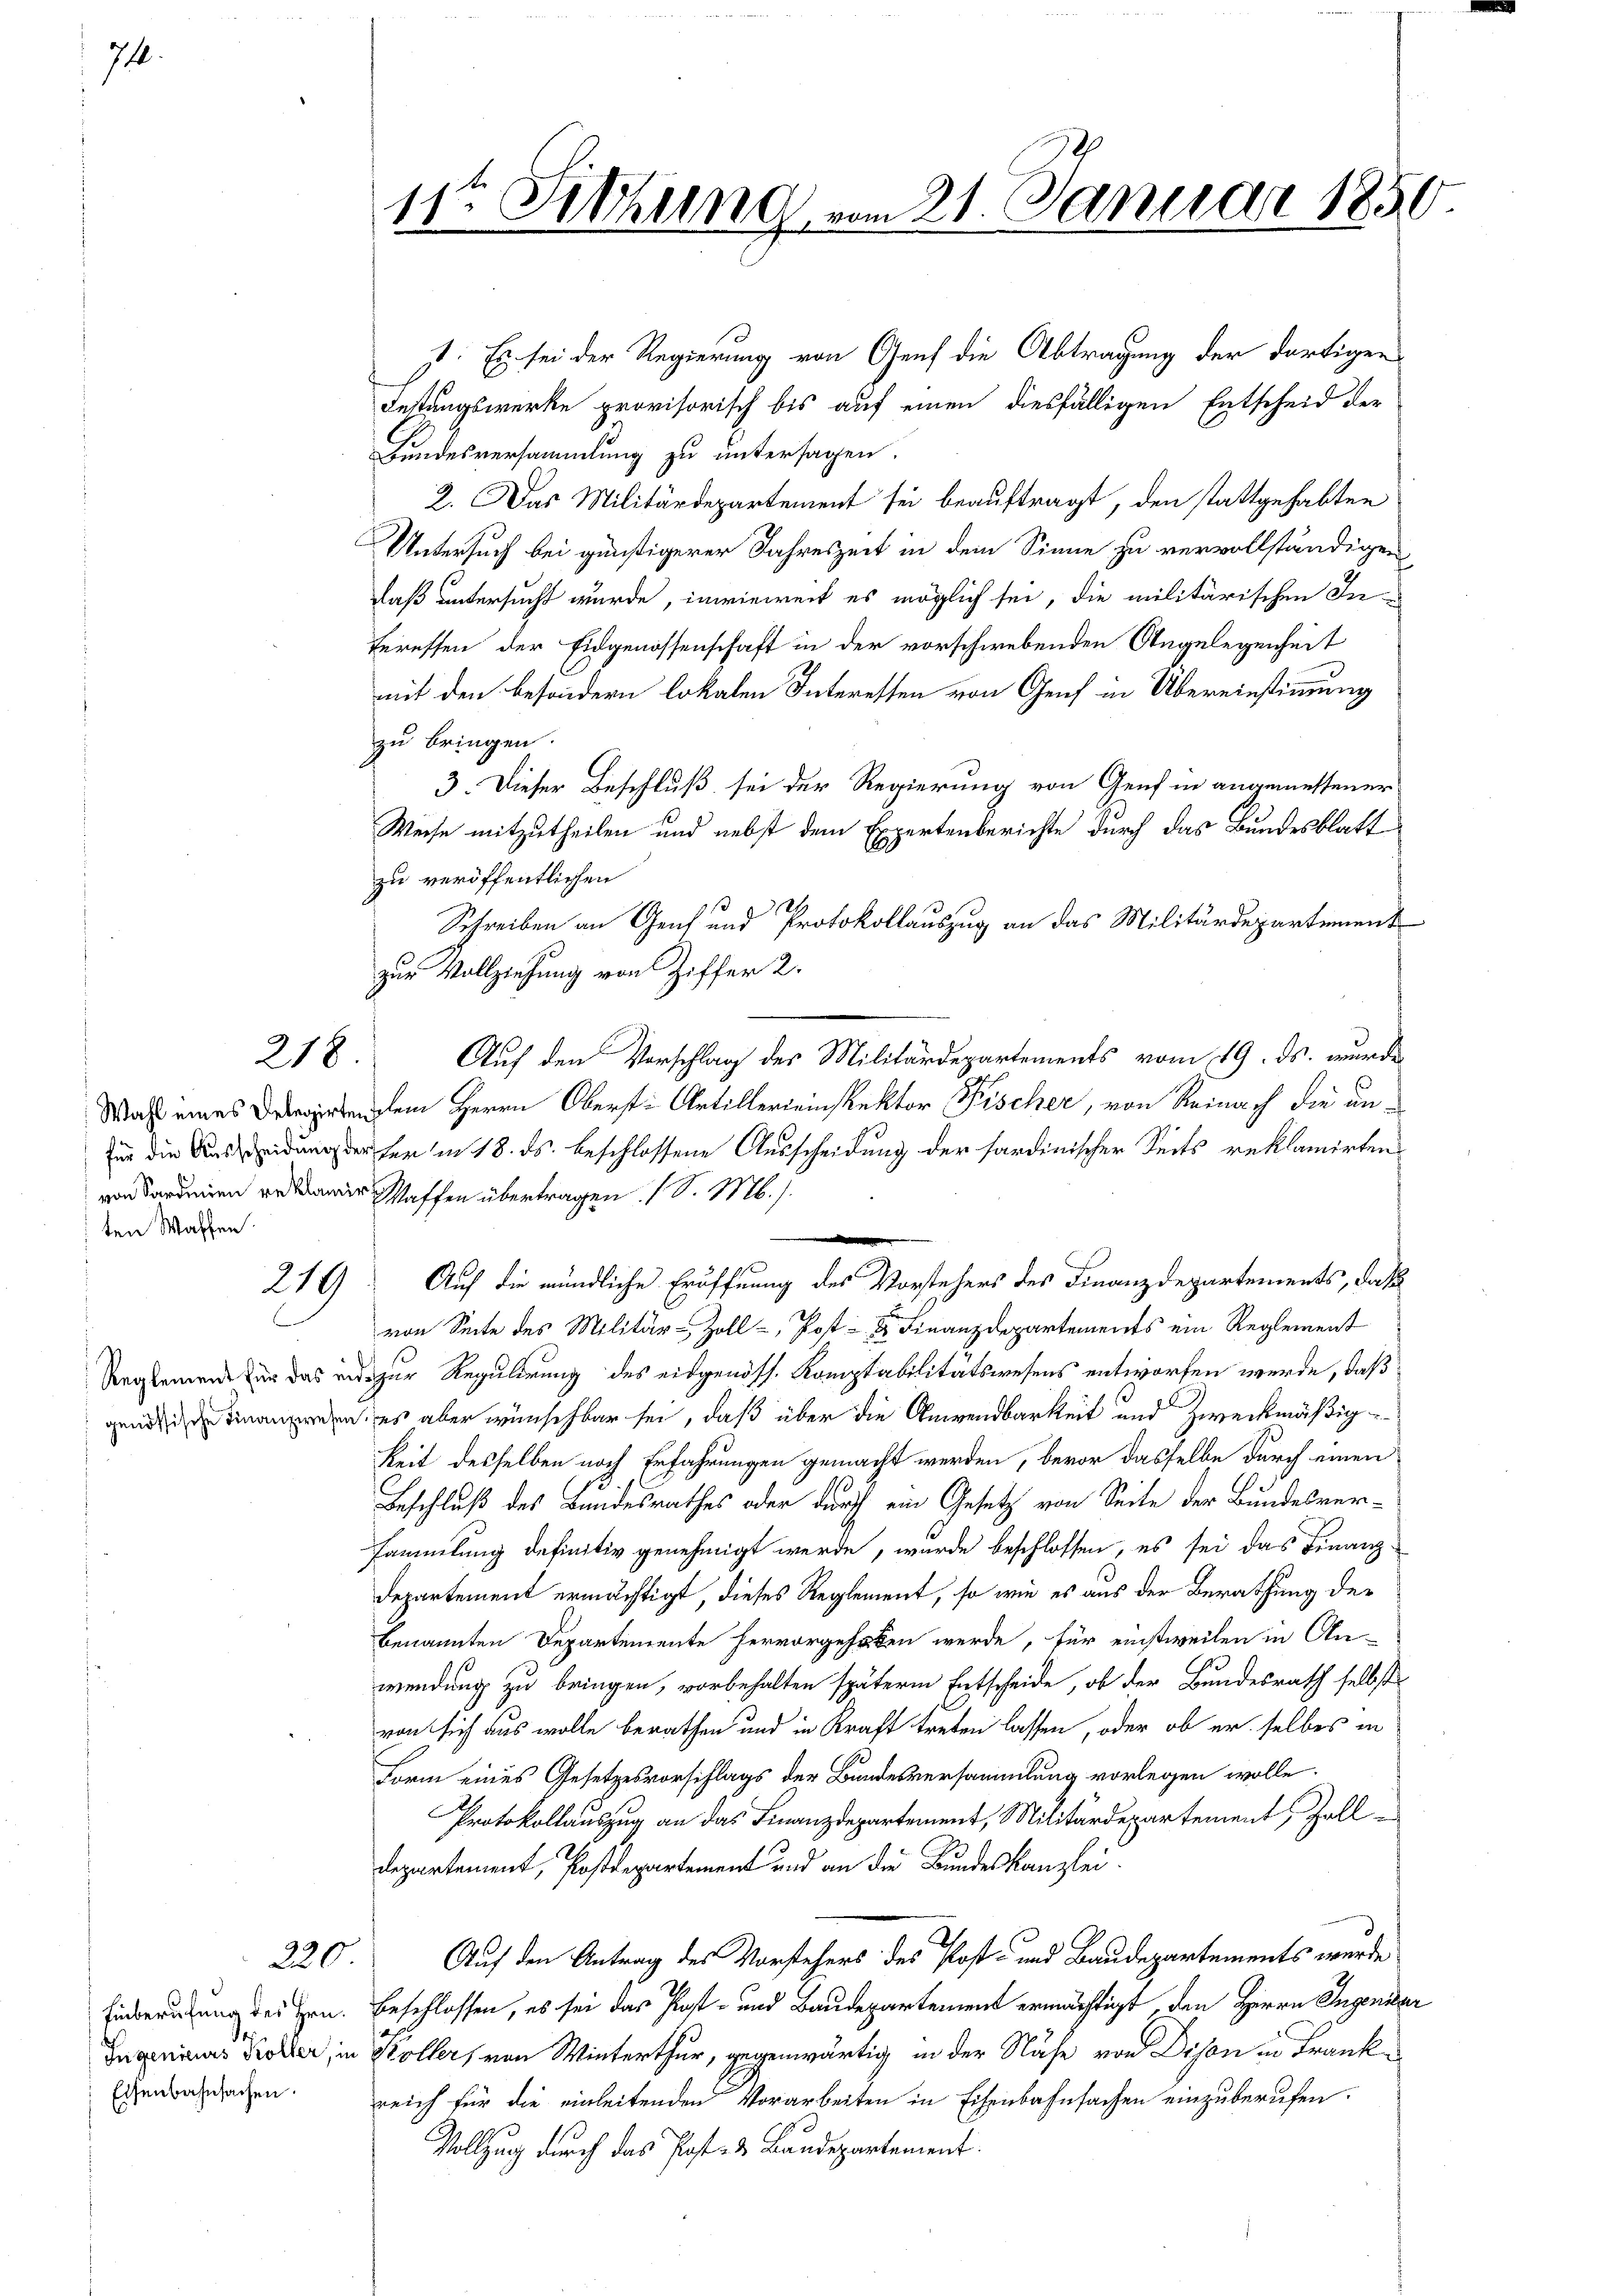
74.

218

ten Waffen.

220

s: Es sei der Regierung von Genf die Abtragung der dortigen
Festungswerke provisorisch bis auf einen diesfälligen Entscheid der
Bundesversammlung zu untersagen.
2. Das Militärdepartement sei beauftragt, den stattgehabten
Untersuch bei günstigerer Jahreszeit in dem Sinne zu vervollständigen
daß untersucht wurde, inwieweit es möglich sei, die militärischen Interessen der Eidgenossenschaft in der vorschwebenden Angelegenheit
mit den besondern lokalen Interessen von Genf in Übereinstimmung
zu bringen.
3. Dieser Beschluß sei der Regierung von Genf in angemessener
Weise mitzutheilen und nebst dem Expertenberichte durch das Bundesblatt
zu veröffentlichen
1124
Schreiben an Genf und Protokollauszug an das Militärdepartement
zur Vollziehung von Ziffer 2.
Auf den Vorschlag des Militärdepartements vom 19. ds. wurde
Wahl eines Delegirtengem Herrn Oberst Artillereinspektor Fischer, von Reinach die unfür die Auseidung der her in 18. ds. beschlossene Ausscheidung der hardinischer Seits reklamirten
Waffen übertragen (S. M. s.
n
214) Auf die mündliche Eröffnung des Vorstehers des Finanzdepartements, daß
von Seite des Militär-Zoll-, Post- & Finanzdepartements ein Reglement
Reglemende für das und zur Regulirung des eidgenöss. Komptabilitätswesens entworfen werde, daß
und Finanzen, es aber wünschbar sei, daß über die Anwendbarkeit und Zweckmäßigkeit desselben nach Erfahrungen gemacht werden, bevor dasselbe durch einen
Beschluß des Bundesrathes oder durch ein Gesetz von Seite der Bundesversammlung definitiv genehmigt werde, wurde beschlossen, es sei das Finanz-
Departement ermächtigt, dieses Reglement, so wie es aus der Berathung der
benannten Departemente hervorgehoben werde, für einstweilen in An-
wendung zu bringen, vorbehalten späteren Entscheide, ob der Bundesrath selbst
von sich aus wolle berathen und in Kraft treten lassen, oder ob er selbes in
Form eines Gesetzesvorschlags der Bundesversammlung vorlegen wolle.
Protokollauszug an das Finanzdepartement, Militärdepartement, Zoll
departement, Postdepartement und an die Bundeskanzlei-
Auf den Antrag des Vorstehers des Post- und Baudepartements wurde
Einberufung des Hrn. Beschlossen, es sei das Post- und Baudepartement ermächtigt, den Herrn Ingendar
Ingenieurs Koller, in Woller, von Winterthur, gegenwärtig in der Nähe von Disen in Frankreich für die einleitenden Vorarbeiten in Eisenbahnsachen einzuberufen.
Vollzug durch das Post- & Baudepartement.

Eisenbahnsachen.

11ten Sitzung vom 21. Januar 1850